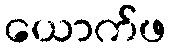
ယောက်ဖ